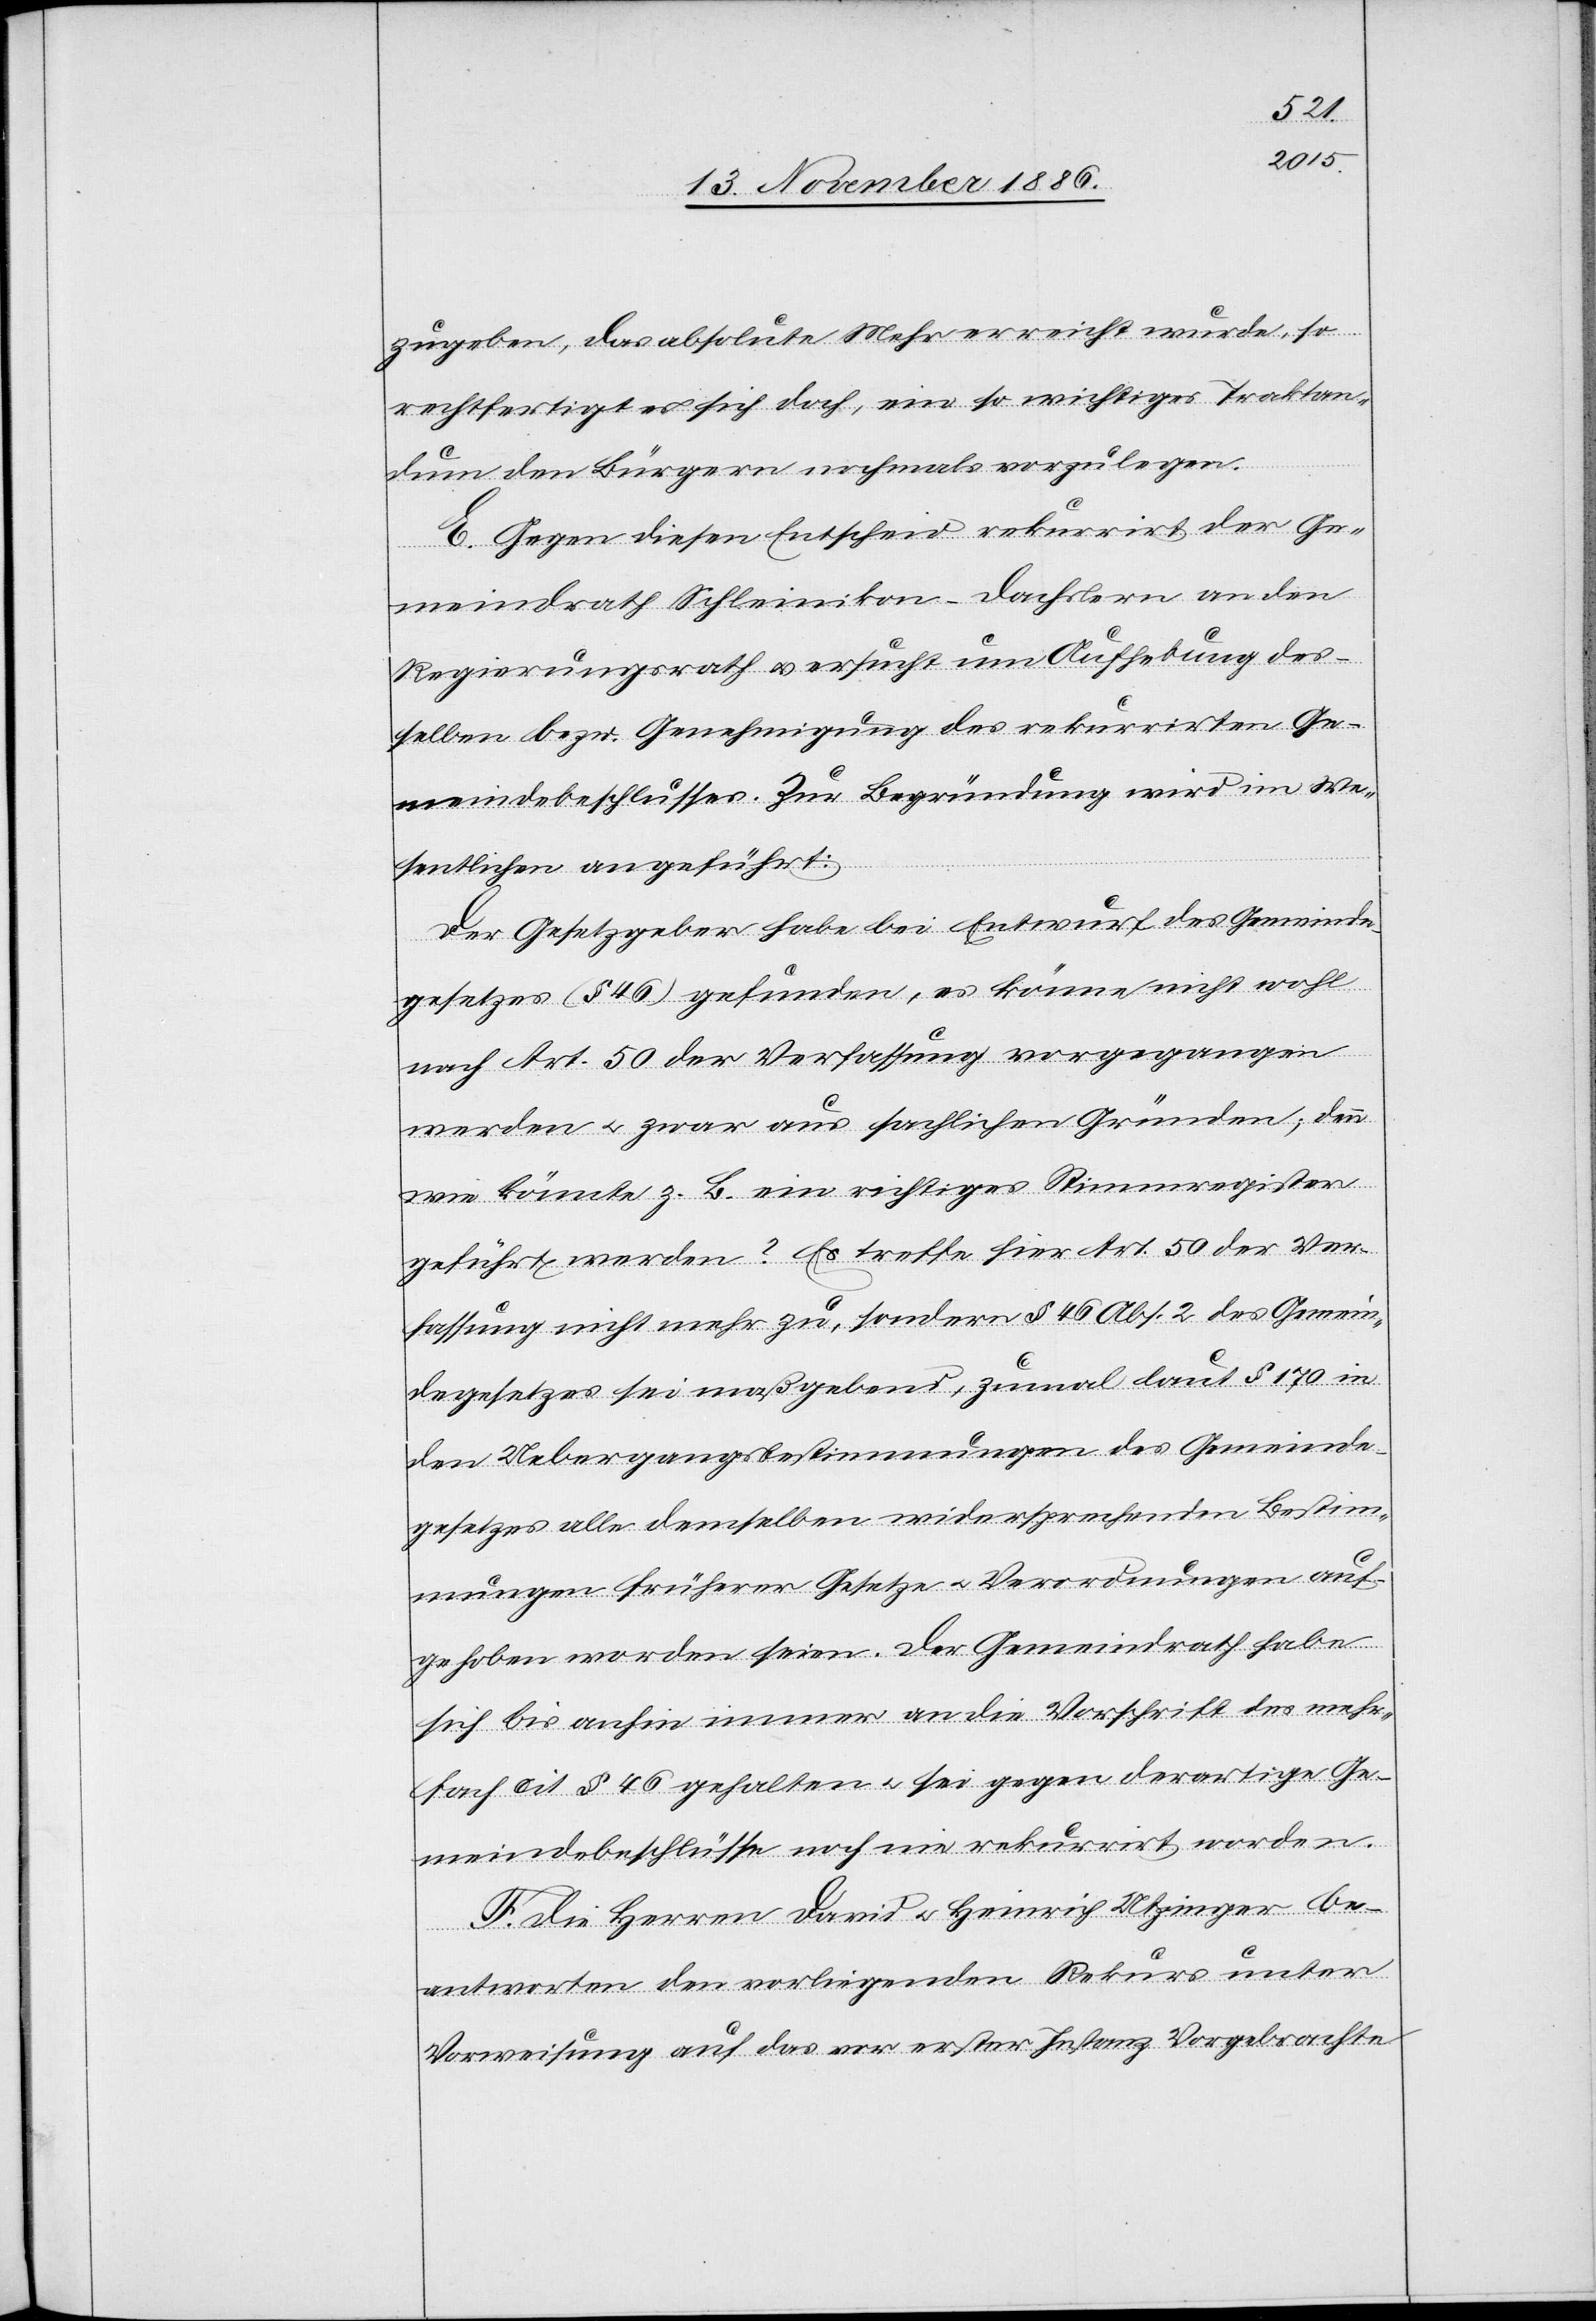
zugeben, das absolute Mehr erreicht wurde, so
rechtfertigt es sich doch, ein so wichtiges Traktan¬
dum den Bürgern nochmals vorzulegen.
E. Gegen diesen Entscheid rekurrirt der Ge¬
meindrath Schleinikon-Dachslern an den
Regierungsrath & ersucht um Aufhebung des¬
selben bezw. Genehmigung des rekurrirten Ge¬
meindebeschlusses. Zur Begründung wird im We¬
sentlichen angeführt:
Der Gesetzgeber habe bei Entwurf des Gemeinde¬
gesetzes (§ 46) gefunden, es könne nicht wohl
nach Art. 50 der Verfassung vorgegangen
werden & zwar aus sachlichen Gründen; denn
wie könnte z. B. ein richtiges Stimmregister
geführt werden? Es treffe hier Art. 50 der Ver¬
fassung nicht mehr zu, sondern § 46 Abs. 2 des Gemein¬
degesetzes sei maßgebend, zumal laut § 170 in
den Uebergangsbestimmungen des Gemeinde¬
gesetzes alle demselben widersprechenden Bestim¬
mungen früherer Gesetze & Verordnungen auf¬
gehoben worden seien. Der Gemeindrath habe
sich bis anhin immer an die Vorschrift des mehr¬
fach cit. § 46 gehalten & sei gegen derartige Ge¬
meindebeschlüsse noch nie rekurrirt worden.
F. Die Herren David & Heinrich Utzinger be¬
antworten den vorliegenden Rekurs unter
Vorweisung auf das vor erster Instanz Vorgebrachte